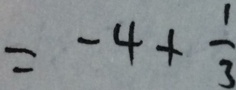
= - 4 + \frac { 1 } { 3 }